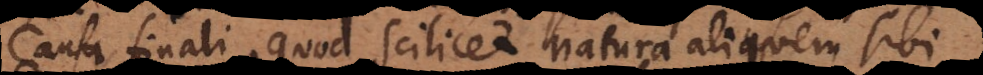
causa finali, quod scilicet natura aliquem sibi